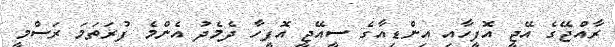
ރާއްޖޭގެ އޭޖީ އޮފީހާއި އިންޑިއާގެ ސީއޭޖީ އޮފީހާ ދެމެދު އެންމެ ފުރަތަމަ ރަސްމީ